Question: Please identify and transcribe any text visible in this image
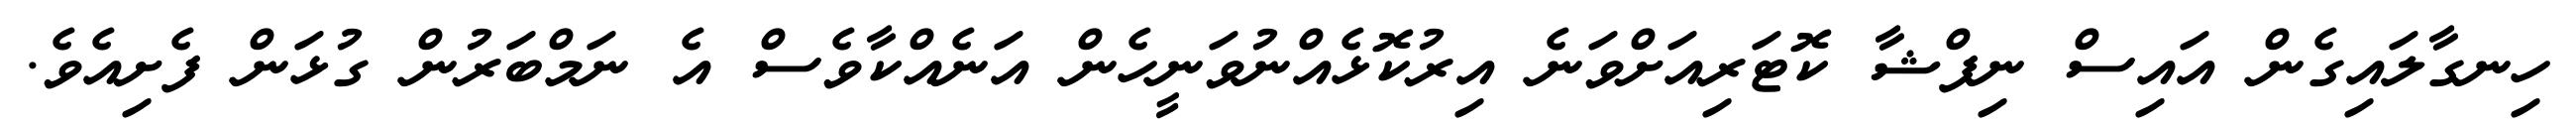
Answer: ހިނގާލައިގެން އައިސް ނިފްޝާ ކޮޓަރިއަށްވަނެ އިރުކޮޅެއްނުވަނީހެން އަނެއްކާވެސް އެ ނަމްބަރުން ގުޅަން ފެށިއެވެ.